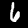
Digit: 6